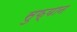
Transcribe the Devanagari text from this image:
सुफ्यान